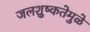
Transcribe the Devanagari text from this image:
जलशुष्कतेमुळे